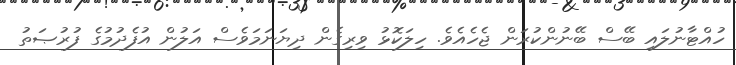
ހުއްޓާނުލައި ބޭސް ބޭނުންކުރަން ޖެހެއެވެ. ހިލަކޮޅު ވިރިގެން ދިޔަނަމަވެސް އަލުން އުފެދުމުގެ ފުރުޞަތު